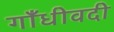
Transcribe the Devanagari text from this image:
गाँधीवदी